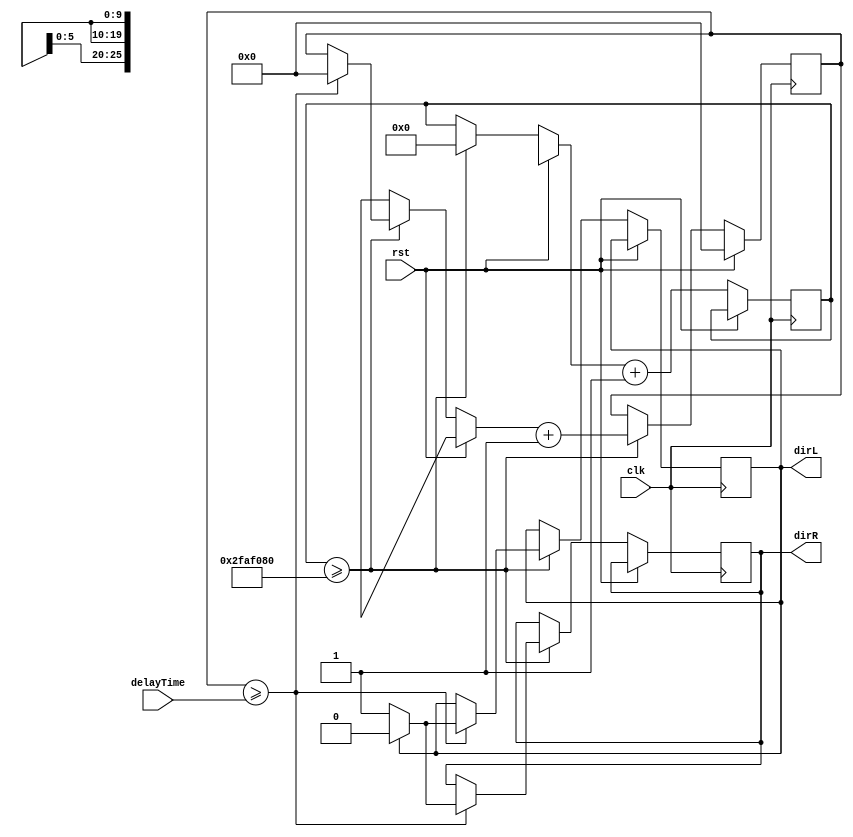
module delay(clk,rst,delayTime,dirL, dirR); 
	input[9:0] delayTime;
	reg[9:0] counter = 0;
	input clk, rst;
	reg[25:0] ticks = 0;
	output reg dirL = 1, dirR = 1;

	always@(negedge clk)begin
		if(rst == 1)begin
			counter = 0;
		end
		else begin
			if(ticks >= 50000000)begin
				ticks = 0;
				if(counter >= delayTime)begin
					counter = 0;
					
					if(dirL) begin dirL = 0; dirR = 0; end
					else begin dirL = 1; dirR = 1; end

				end
				else ;
				counter = counter + 1;
			end
			else ;
			ticks = ticks + 1;
		end
	end
endmodule